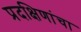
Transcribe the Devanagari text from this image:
प्रदक्षिणांचा